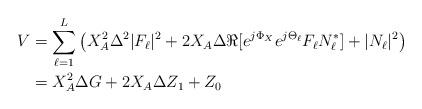
LaTeX: \begin{align*}V &= \sum_{\ell=1}^L \left( X_A^2 \Delta^2 |F_\ell|^2 + 2 X_A \Delta \Re[ e^{j \Phi_X} e^{j \Theta_\ell} F_\ell N_\ell^* ] + |N_\ell|^2 \right) \\&= X_A^2 \Delta G+ 2 X_A \Delta Z_1 + Z_0\end{align*}